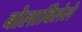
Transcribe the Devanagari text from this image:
बोलाविलेले